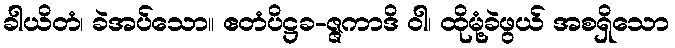
ခါယိတံ၊ ခဲအပ်သော။ ဧတံပိဋ္ဌခ-ဇ္ဇကာဒိ ဝါ၊ ထိုမုံ့ခဲဖွယ် အစရှိသော